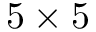
5 \times 5